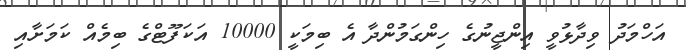
އަހްމަދު ވިދާޅުވީ އިންޖީނުގެ ހިންގަމުންދާ އެ ބިމަކީ 10000 އަކަފޫޓްގެ ބިމެއް ކަމަށާއި